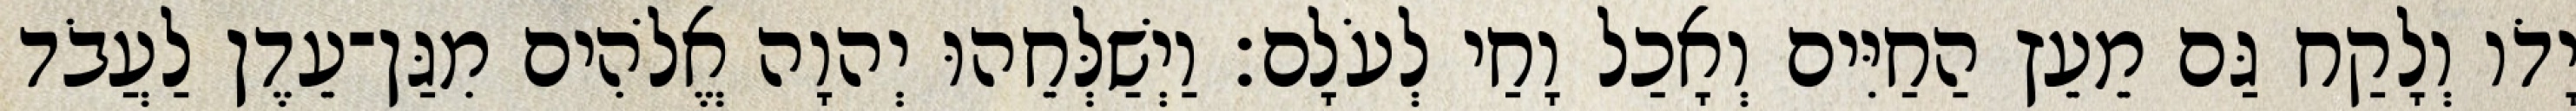
יָדֹו וְלָקַח גַּם מֵעֵץ הַחַיִּים וְאָכַל וָחַי לְעֹלָם׃ וַיְשַׁלְּחֵהוּ יְהוָה אֱלֹהִים מִגַּן־עֵדֶן לַעֲבֹד